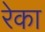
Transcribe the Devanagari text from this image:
रेका